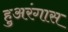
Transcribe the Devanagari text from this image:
हुअरंगास